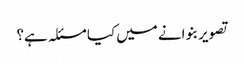
تصویر بنوانے میں کیا مسئلہ ہے؟